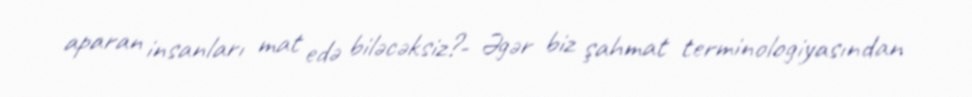
aparan insanları mat edə biləcəksiz?- Əgər biz şahmat terminologiyasından